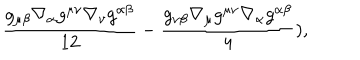
\frac { g _ { \mu \beta } \nabla _ { \alpha } g ^ { \mu \nu } \nabla _ { \nu } g ^ { \alpha \beta } } { 1 2 } - \frac { g _ { \nu \beta } \nabla _ { \mu } g ^ { \mu \nu } \nabla _ { \alpha } g ^ { \alpha \beta } } { 4 } ) ,